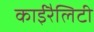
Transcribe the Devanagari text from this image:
काईरैलिटी